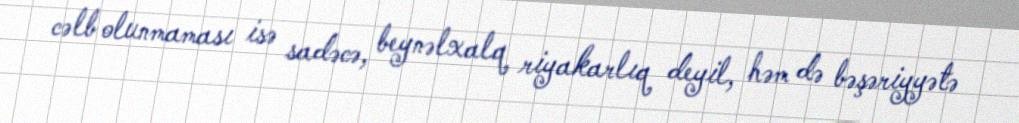
cəlb olunmaması isə sadəcə, beynəlxalq riyakarlıq deyil, həm də bəşəriyyətə